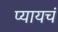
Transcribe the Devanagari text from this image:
प्यायचं